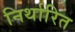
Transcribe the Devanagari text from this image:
निर्थारित